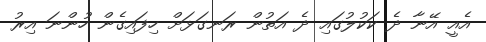
އެއީ އޭނާ ދެ ކަކުލުގައި ދެ އަތުން ރަނގަޅަށް ހިފައިގެން ހުންނަ އިރު